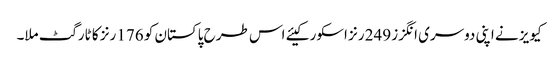
کیویز نے اپنی دوسری انگزز 249 رنز اسکور کیئے اس طرح پاکستان کو 176 رنز کا ٹارگٹ ملا۔